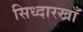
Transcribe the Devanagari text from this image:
सिध्दारखाँ